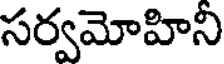
సర్వమోహిని